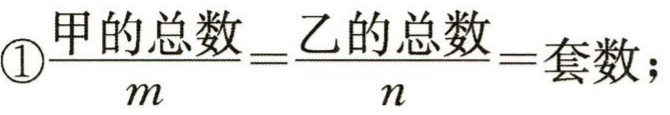
\textcircled{1}$\frac{甲的总数}{m}=\frac{乙的总数}{n}=套数;$